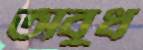
অবুধ